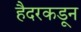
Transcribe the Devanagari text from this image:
हैदरकडून